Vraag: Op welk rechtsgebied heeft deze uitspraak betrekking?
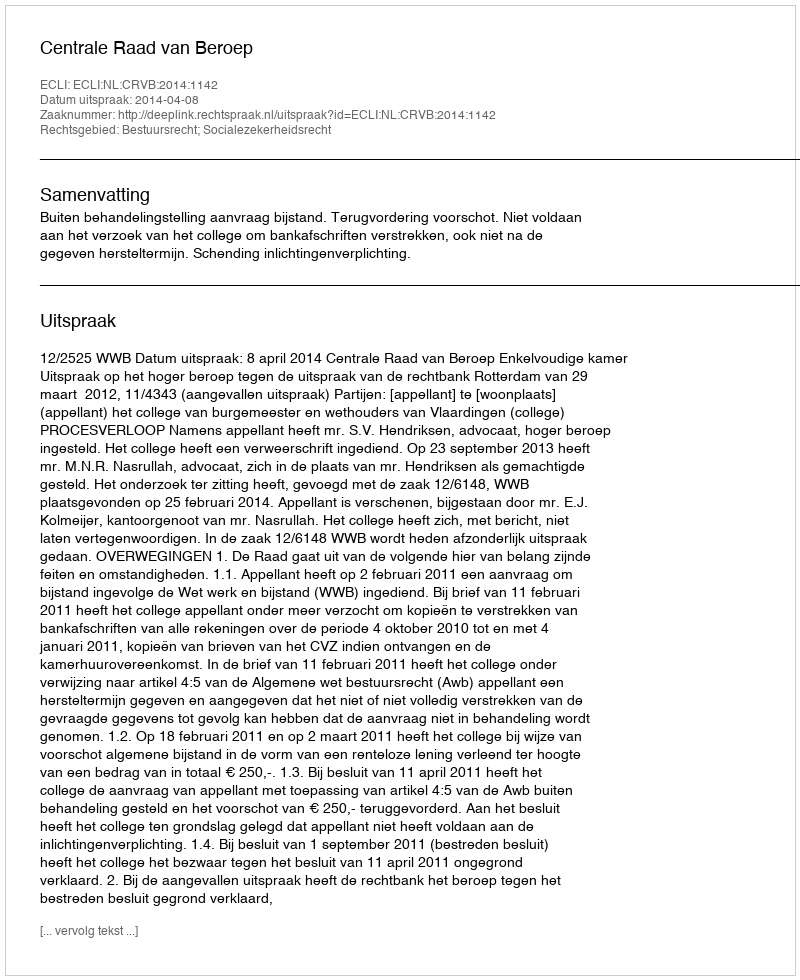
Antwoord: Bestuursrecht; Socialezekerheidsrecht